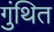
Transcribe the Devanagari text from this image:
गुंथित